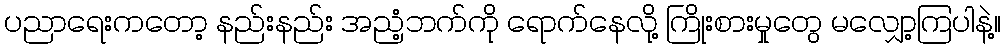
ပညာရေးကတော့ နည်းနည်း အညံ့ဘက်ကို ရောက်နေလို့ ကြိုးစားမှုတွေ မလျှော့ကြပါနဲ့။